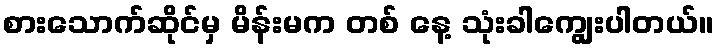
စားသောက်ဆိုင်မှ မိန်းမက တစ် နေ့ သုံးခါကျွေးပါတယ်။